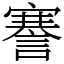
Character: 謇